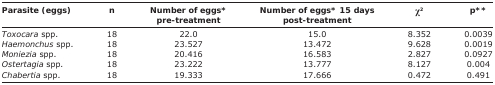
<table><thead><tr><td><b>Parasite (eggs)</b></td><td><b>n</b></td><td><b>Number of eggs* pre-treatment</b></td><td><b>Number of eggs* 15 days post-treatment</b></td><td><b>χ<sup>2</sup></b></td><td><b>p**</b></td></tr></thead><tbody><tr><td><i>Toxocara</i> spp.</td><td>18</td><td>22.0</td><td>15.0</td><td>8.352</td><td>0.0039</td></tr><tr><td><i>Haemonchus</i> spp.</td><td>18</td><td>23.527</td><td>13.472</td><td>9.628</td><td>0.0019</td></tr><tr><td><i>Moniezia</i> spp.</td><td>18</td><td>20.416</td><td>16.583</td><td>2.827</td><td>0.0927</td></tr><tr><td><i>Ostertagia</i> spp.</td><td>18</td><td>23.222</td><td>13.777</td><td>8.127</td><td>0.004</td></tr><tr><td><i>Chabertia</i> spp.</td><td>18</td><td>19.333</td><td>17.666</td><td>0.472</td><td>0.491</td></tr></tbody></table>